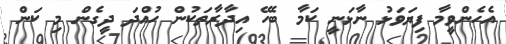
އެހެންވީމާ ފިޔަވަޅު ނާޅަނީ ކަމާ ބެހޭ އިދާރާތަކުން ހުއްދަ ދީގެން މި ކަން